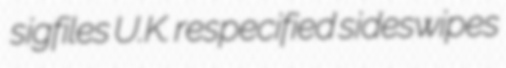
sigfiles U.K. respecified sideswipes